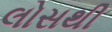
લોસથી